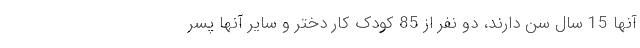
آنها 15 سال سن دارند، دو نفر از 85 کودک کار دختر و سایر آنها پسر